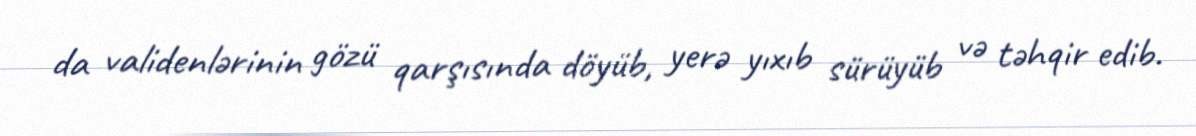
da validenlərinin gözü qarşısında döyüb, yerə yıxıb sürüyüb və təhqir edib.